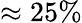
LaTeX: \approx 25\%